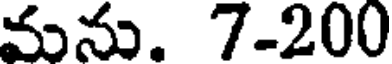
మను. 7-200